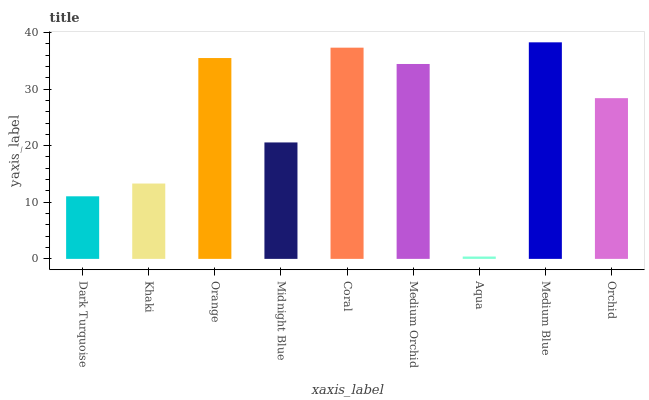
| xaxis_label | bars |
 | --- | --- |
 | Dark Turquoise | 11.1 |
 | Khaki | 13.3 |
 | Orange | 35.5 |
 | Midnight Blue | 20.6 |
 | Coral | 37.3 |
 | Medium Orchid | 34.4 |
 | Aqua | 0.415 |
 | Medium Blue | 38.3 |
 | Orchid | 28.4 |